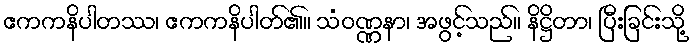
ဧကကနိပါတဿ၊ ဧကကနိပါတ်၏။ သံဝဏ္ဏနာ၊ အဖွင့်သည်။ နိဋ္ဌိတာ၊ ပြီးခြင်းသို့